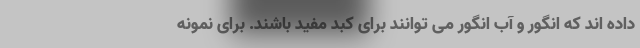
داده اند که انگور و آب انگور می توانند برای کبد مفید باشند. برای نمونه